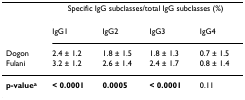
<table><thead><tr><td></td><td colspan="4"><b>Specific IgG subclasses/total IgG subclasses (%)</b></td></tr><tr><td></td><td><b>IgG1</b></td><td><b>IgG2</b></td><td><b>IgG3</b></td><td><b>IgG4</b></td></tr><tr><td><b>Dogon</b></td><td><b>2.4 ± 1.2</b></td><td><b>1.8 ± 1.5</b></td><td><b>1.8 ± 1.3</b></td><td><b>0.7 ± 1.5</b></td></tr><tr><td><b>Fulani</b></td><td><b>3.2 ± 1.2</b></td><td><b>2.6 ± 1.4</b></td><td><b>2.4 ± 1.7</b></td><td><b>0.8 ± 1.4</b></td></tr></thead><tbody><tr><td><b>p-value<sup>a</sup></b></td><td><b>&lt; 0.0001</b></td><td><b>0.0005</b></td><td><b>&lt; 0.0001</b></td><td>0.11</td></tr></tbody></table>